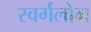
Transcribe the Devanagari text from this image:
स्वर्गलोग